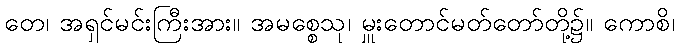
တေ၊ အရှင်မင်းကြီးအား။ အမစ္စေသု၊ မှူးတောင်မတ်တော်တို့၌။ ကောစိ၊